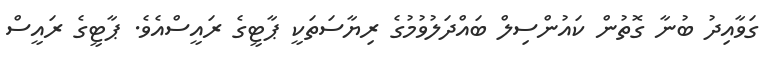
ގަވާއިދު ބުނާ ގޮތުން ކައުންސިލް ބައްދަލުވުމުގެ ރިޔާސަތަކީ ޕާޓީގެ ރައީސްއެވެ. ޕާޓީގެ ރައީސް